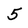
Character: 5